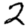
Digit: 2